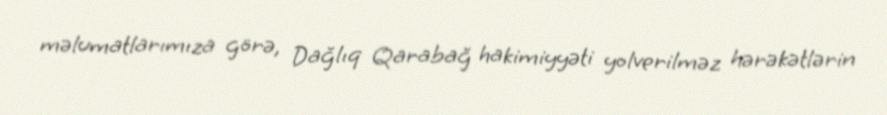
məlumatlarımıza görə, Dağlıq Qarabağ hakimiyyəti yolverilməz hərəkətlərin